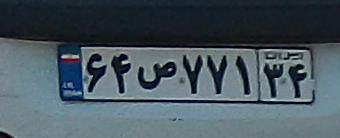
۶۴ص۷۷۱۳۴